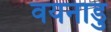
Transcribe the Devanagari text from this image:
वयनाडु